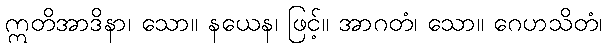
ဣတိအာဒိနာ၊ သော။ နယေန၊ ဖြင့်။ အာဂတံ၊ သော။ ဂေဟသိတံ၊